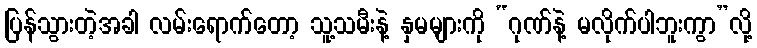
ပြန်သွားတဲ့အခါ လမ်းရောက်တော့ သူ့သမီးနဲ့ နှမများကို “ဂုဏ်နဲ့ မလိုက်ပါဘူးကွာ”လို့